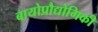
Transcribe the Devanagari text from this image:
बायोप्रौद्योगिकी